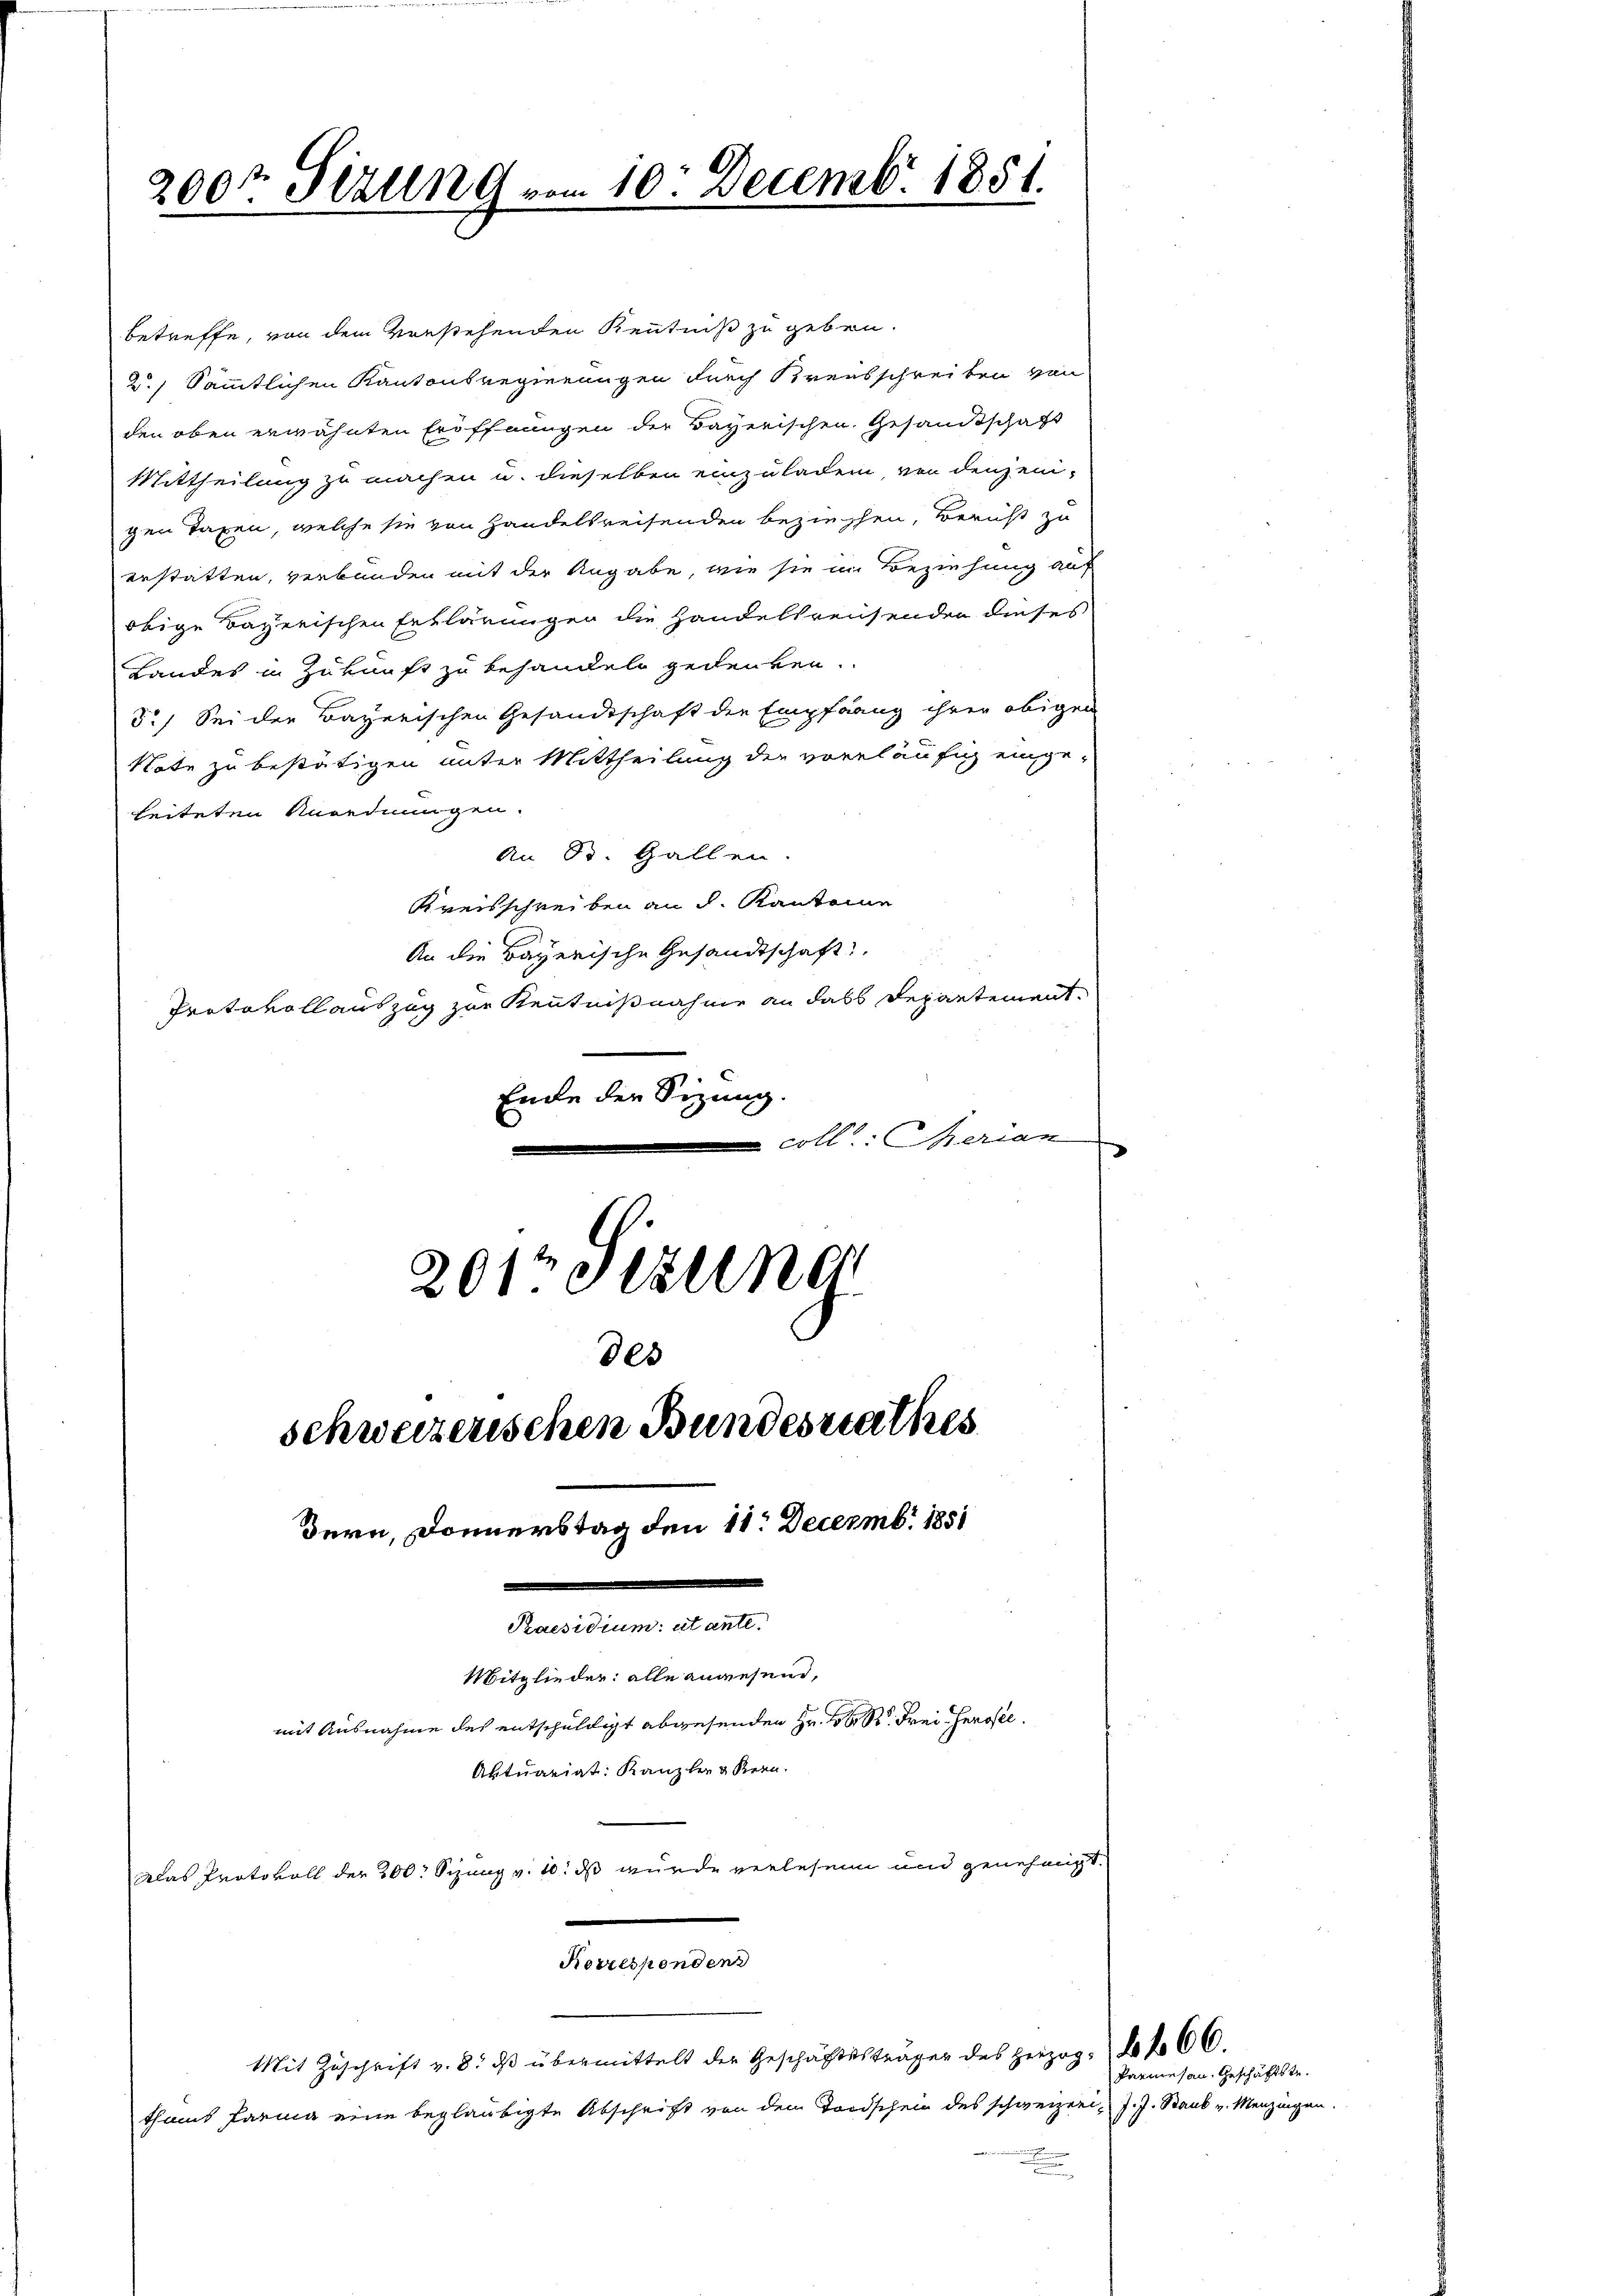
200. Sizung vom 10. Decembr. 1851.

betreffe, von dem Vorstehenden Kenntniß zu geben.
2.) Sämmtlichen Kantonsregierungen durch Kreisschreiben von
den oben erwähnten Eröffnungen der Bayerischen. Gesandtschaft
Mittheilung zu machen u. dieselben einzuladen, von denjeni-
gen Taxen, welche sie von Handelsreisenden beziehen, Bericht zu
erstatten, verbunden mit der Angabe, wie sie in Beziehung auf
ötige Bayerischen Erklärungen die Handelsreisenden dieses
Landes in Zukunft zu behandeln gedenken.
5.) Sei der Bayerischen Gesandtschaft der Empfang ihrer obigen
Note zu bestätigen unter Mittheilung der vorläufig einge-
leiteten Anordnungen.
An B. Gallen.
Kreisschreiben an d. Kantone
An die Bayerische Gesandtschaft
Protokoll auszug zur Kenntnißnahme an dass Departement¬
Ende der Sizung.
coll: Serian
.
201 Stun
des
schweizerischen Bundesrathes

Bern, Donnerstag den 11. Decembr 1851

Mitglieder: alle angesend,
mit Ausnahme des entschuldigt abgesenden Hr. K. Frei Gerosel
Aktuarigt: Kanzler akern.
das Protokoll der 200 Sizung v. 10. ds wurde verlesen und genehmigt.

thums harma eine beglaubigte Abschrift von den Todschein des schweizer, J. J. Staub v. Menzingen.

Roverspondens
Mit Zŭschrift v. 8. dβ übermittelt der Geschäftssträger des Herzog 666.

Parmesan. Geschäftstr.